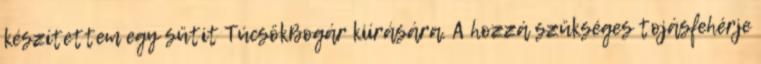
készítettem egy sütit TúcsökBogár kiírására. A hozzá szükséges tojásfehérje